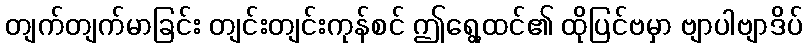
တျက်တျက်မာခြင်း တျင်းတျင်းကုန်စင် ဤရွေ့ထင်၏ ထိုပြင်ဗမှာ ဗျာပါဗျာဒိပ်